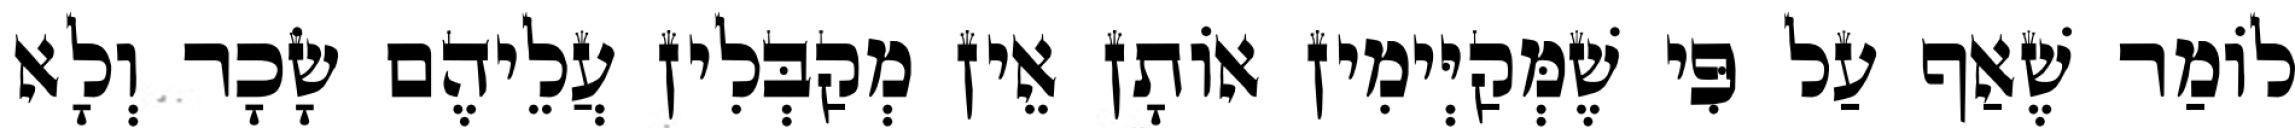
לוֹמַר שֶׁאַף עַל פִּי שֶׁמְּקַיְּימִין אוֹתָן אֵין מְקַבְּלִין עֲלֵיהֶם שָׂכָר וְלָא